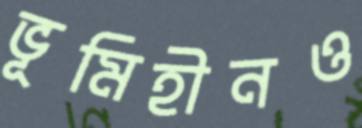
ভূমিহীনও